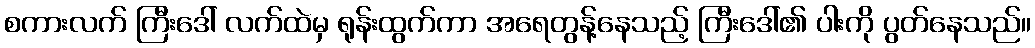
စကားလက် ကြီးဒေါ် လက်ထဲမှ ရုန်းထွက်ကာ အရေတွန့်နေသည့် ကြီးဒေါ်၏ ပါးကို ပွတ်နေသည်။